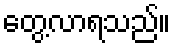
တွေ့လာရသည်။